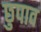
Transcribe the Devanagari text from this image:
छुपाव